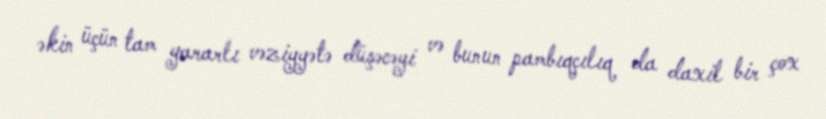
əkin üçün tam yararlı vəziyyətə düşəcəyi və bunun pambıqçılıq da daxil bir çox